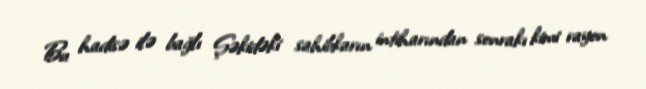
Bu hadisə ilə bağlı Şəkidəki sahibkarın intiharından sonrakı kimi rayon